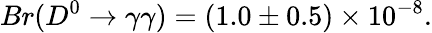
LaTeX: Br(D^{0}\to\gamma\gamma)=(1.0\pm 0.5)\times 10^{-8}.